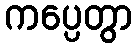
ကပ္ပေတွာ